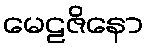
မေဠဇိနော